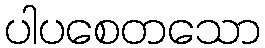
ပါပစေတသော